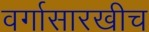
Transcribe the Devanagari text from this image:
वर्गासारखीच